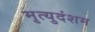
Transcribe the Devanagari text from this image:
मृत्युदंशम